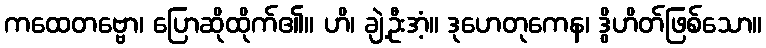
ကထေတဗ္ဗော၊ ပြောဆိုထိုက်၏။ ဟိ၊ ချဲ့ဦးအံ့။ ဒုဟေတုကေန၊ ဒွိဟိတ်ဖြစ်သော။